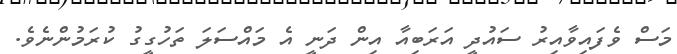
މަސް ވެފައިވާއިރު ސައުދީ އަރަބިއާ އިން ދަނީ އެ މައްސަލަ ތަހުގީގު ކުރަމުންނެވެ.